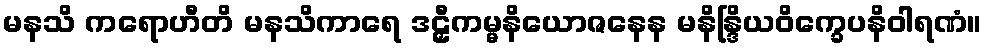
မနသိ ကရောဟီတိ မနသိကာရေ ဒဠှီကမ္မနိယောဇနေန မနိန္ဒြိယဝိက္ခေပနိဝါရဏံ။